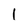
Character: I